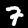
Digit: 7